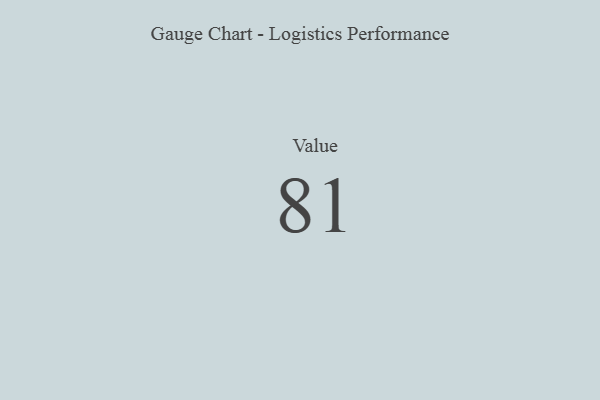
{"axis": {"x": "Metric", "y": "Value"}, "legend": [""], "data": [{"x": "Value", "y": 81, "type": ""}]}